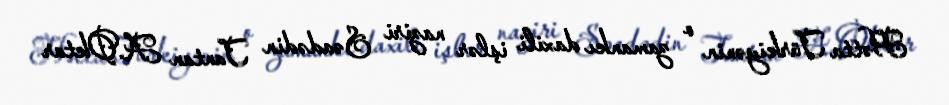
Hətta Türkiyənin o zamankı daxili işlər naziri Səadədin Tantan A.Oktar